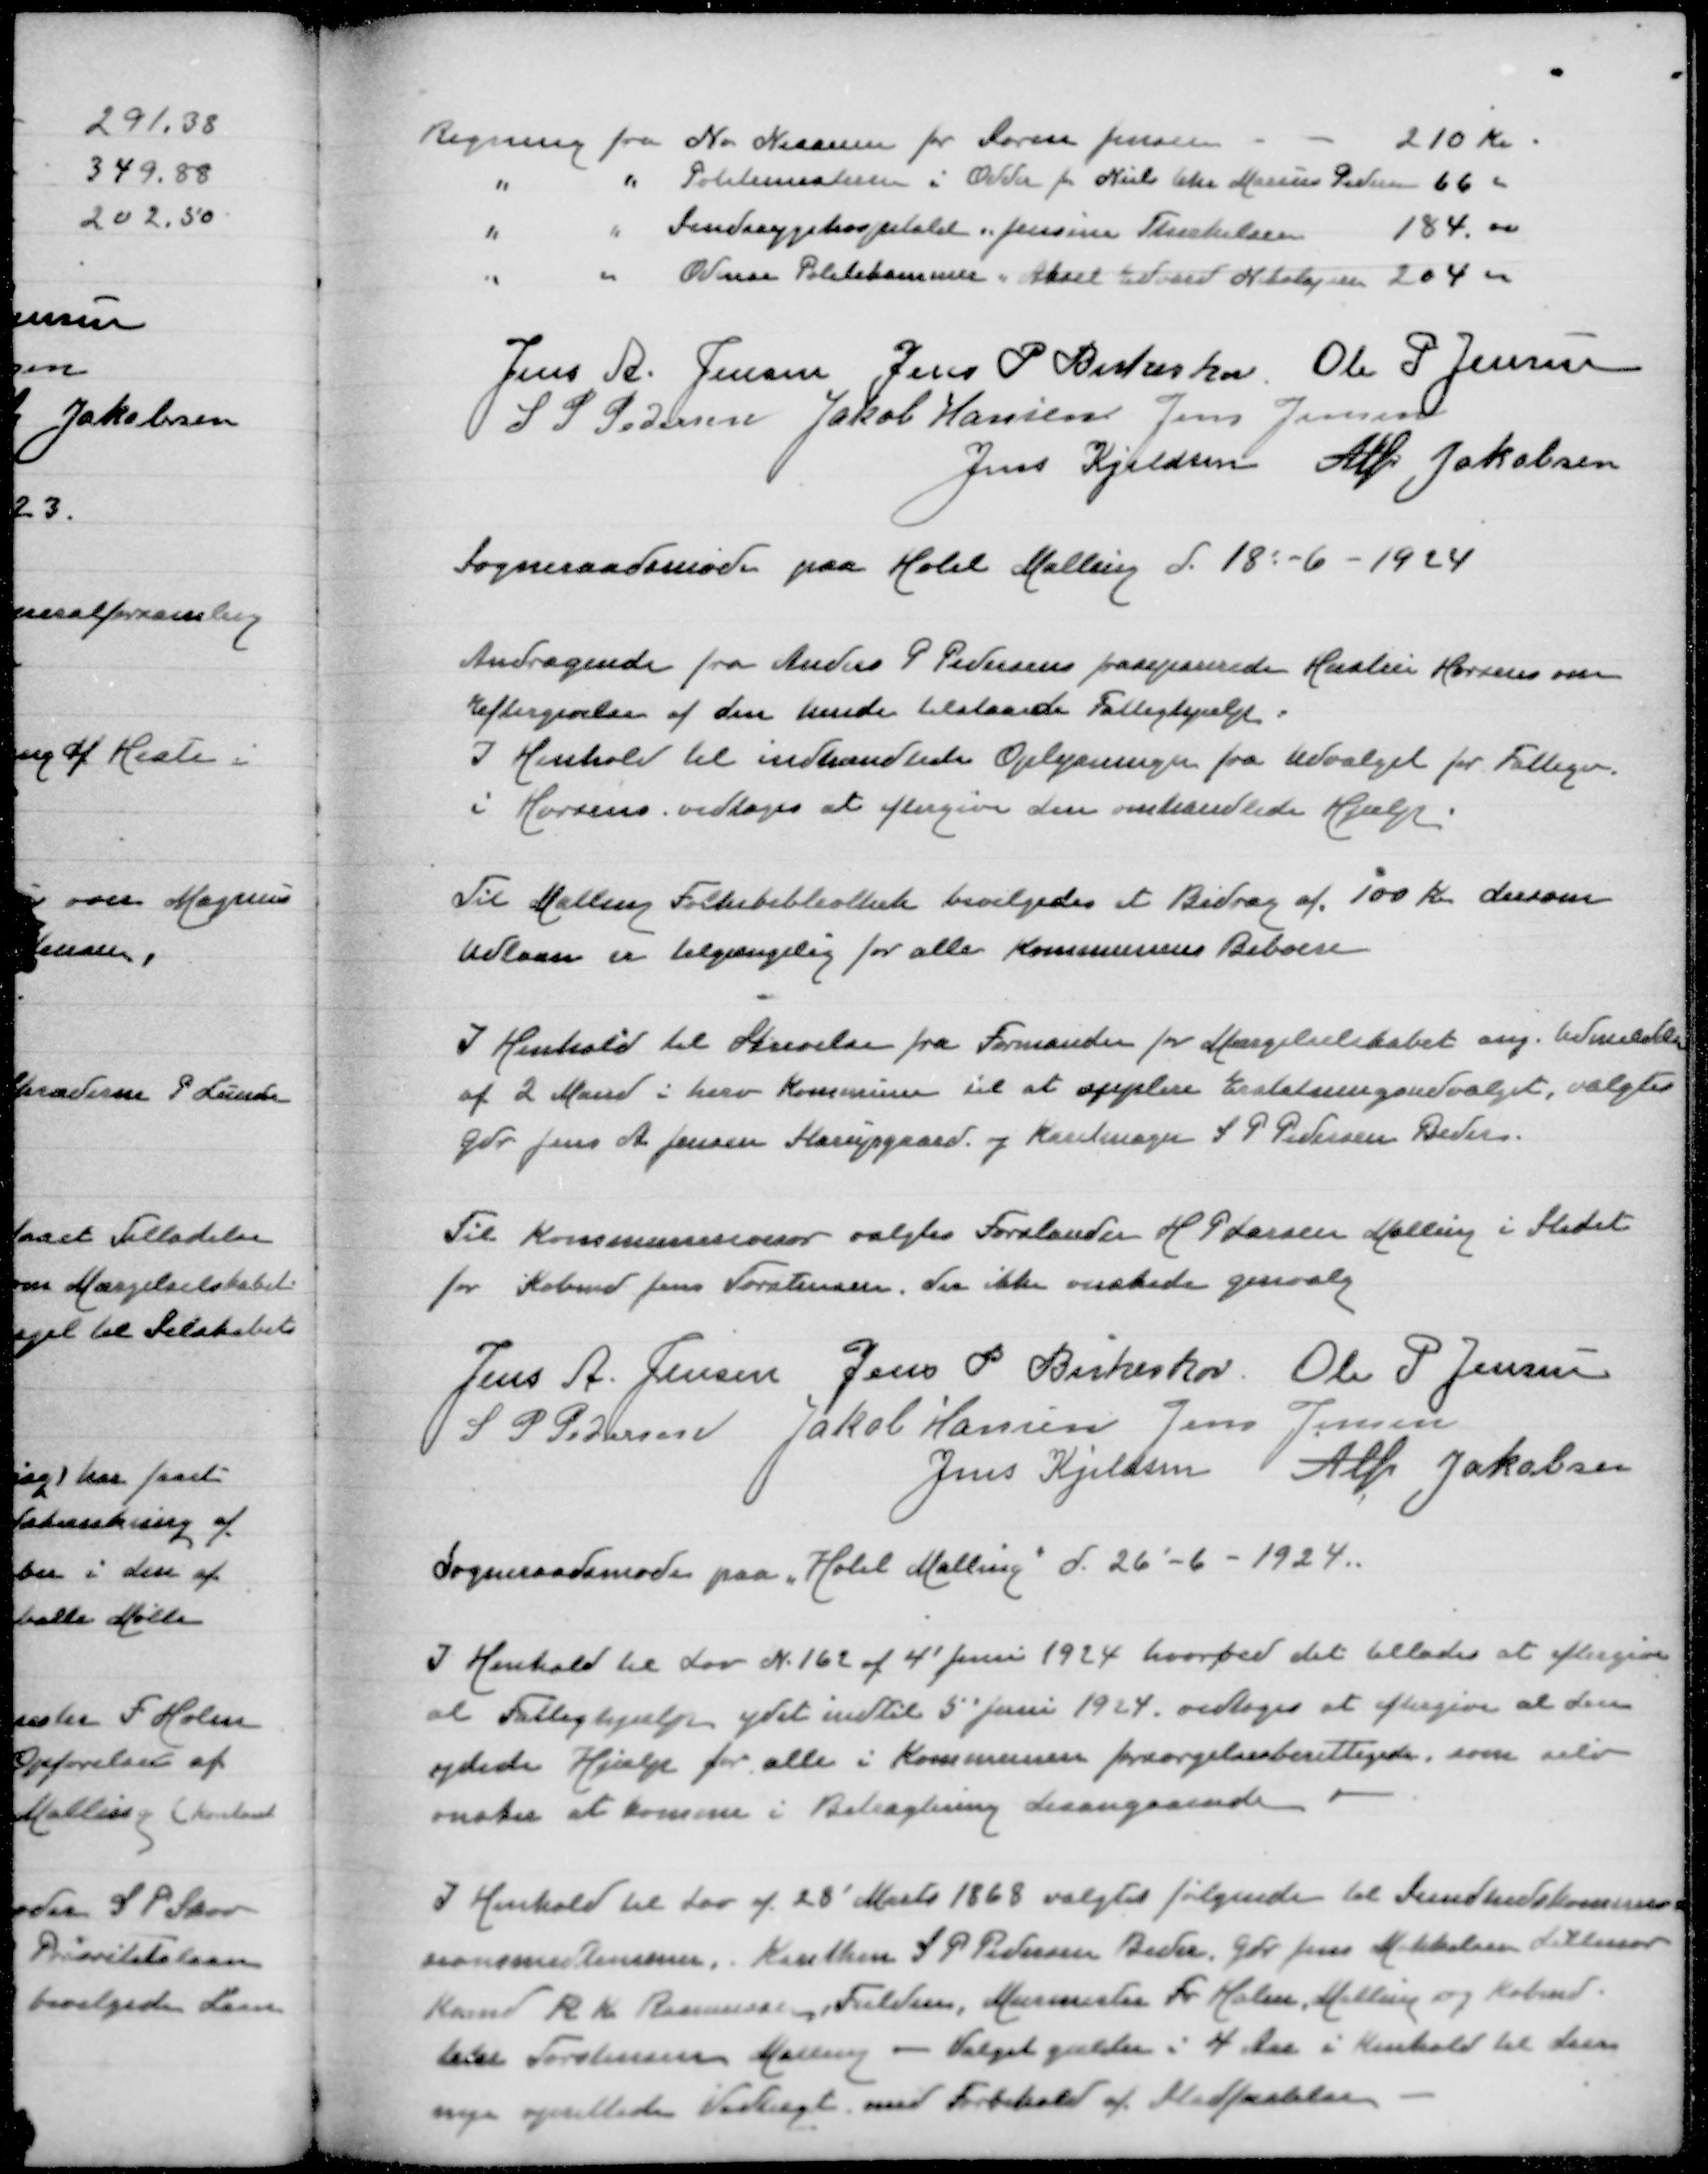
Transskription:
Regning fra Nr Nissum for Søren Jensen
210 Kr
" " Politimesteren i Odder for Niels Chr Marius Pedersen
66,00
" " Sindssygehospitalet " Jensine Therkelsen
184,00
" " Odense Politikammer " Aksel Edvard Nikolajsen
204,00

Jens A Jensen
Jens P Birkeskov
Ole P Jensen
S P Pedersen
Jakob Hansen
Jens Jensen
Jens Kjeldsen
Alfr Jakobsen
Sogneraadsmøde paa Hotel Malling d 18-6-1924

Andragende fra Anders P Pedersens fraseparerede Hustru om
Eftergivelse af den hende tilstaaede Fattighjælp
I Henholdtil indhæntede Oplysninger fra Udvalget for Fattigv
i Horsens vedtoges at eftergive den omhandlede Hjælp

Til Malling Folkebibliotek bevilgedes et Bidrag af 100 Kr dersom
Udlaan er tilgængelig for alle Kommunens Beboere

I Henhold til Skrivelse fra Formanden for Mergelselskabet ang. Indmelden
af 2 Mænd i herv Kommune til at suplere Erstatningsudvalget, valgtes
Gdr Jens A Jensen Starupgaard og Karetmager S P Pedersen Beder

Til Kommunerevisor valgtes Forstander H P Larsen Malling i Stedet
for Købmd Jens Torstensen, der ikke ønskede Genvalg

Jens A Jensen
Jens P Birkeskov
Ole P Jensen
S P Pedersen
Jakob Hansen
Jens Jensen
Jens Kjeldsen
Alfr Jakobsen

Sogneraadsmøde paa "Hotel Malling" d 26-6-1924

I Henhold til Lov Nr 162 af 4' Juni 1924 hvorved det tillades at eftergive
al Fattighjælp ydet indtil 5 Juni 1924 vedtoges at eftergive al den
ydede Hjælp for alle i Kommunen forsørgelsesberettigede, som selv
ønsker at komme i betragtning desangaaende

I Henhold til Lov af 28' Marts 1868 valgtes følgende til Sundhedskommi=
sionsmedlemmer, Karethm S P Pedersen Beder, Gdr Jens Mikkelsen Lillenor
 R K Rasmussen, Fulden, Murermester Fr Holm, Malling og Købmd
Jens Torstensen Malling - Valget gælder i 4 Aar i Henhold til Loven
nye opstillede Vedlagt med Forbehold af Stadfæstelse